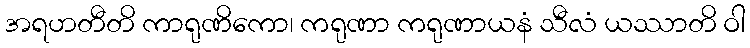
အရဟတီတိ ကာရုဏိကော၊ ကရုဏာ ကရုဏာယနံ သီလံ ယဿာတိ ဝါ